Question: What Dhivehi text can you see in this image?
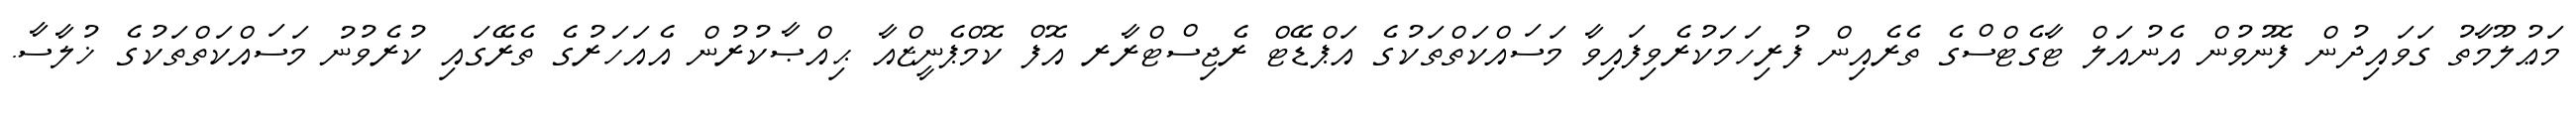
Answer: މަޢުލޫމާތު ގަވައިދުން ފޮނުވުން އެނުއަލް ޓާގެޓްސްގެ ތެރެއިން ފުރިހަމަކުރެވިފައިވާ މަސައްކަތްތަކުގެ އަޕްޑޭޓް ރެޖިސްޓްރާރ އޮފް ކޮމްޕެނީޒްއާ ޙިއްޞާކުރުން އެއަހަރުގެ ތެރޭގައި ކުރެވުނު މަސައްކަތްތަކުގެ ޚުލާސާ.